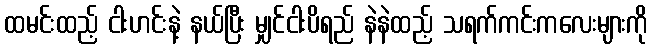
ထမင်းထည့် ငါးဟင်းနဲ့ နယ်ပြီး မျှင်ငါးပိရည် နဲနဲထည့် သရက်ကင်းကလေးများကို